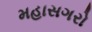
મહાસગરો